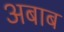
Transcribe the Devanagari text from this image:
अबाब